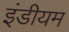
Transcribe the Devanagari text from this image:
इंडीयम